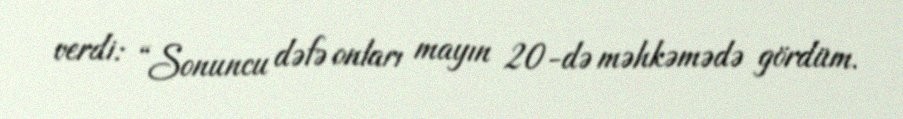
verdi: “Sonuncu dəfə onları mayın 20-də məhkəmədə gördüm.